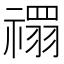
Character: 禤